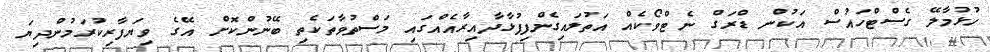
ހުޅުމާލޭ ގެސްޓްހައުސް އަކުން ޑްރަގް ނެޓްވޯކެއް އަތުލައިގެންފިފުޅާދާއިރާއެއްގައި މަސްތުވާތަކެތި ބޭނުންކޮށް އޭގެ ވިޔަފާރިކުރަމުންދިޔަ